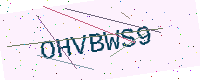
Text: OHVBWS9